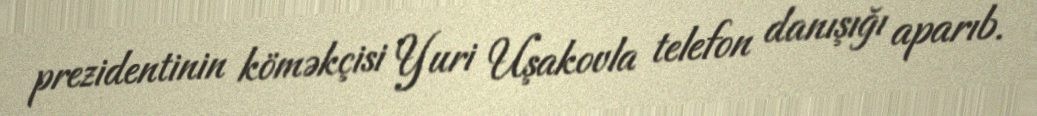
prezidentinin köməkçisi Yuri Uşakovla telefon danışığı aparıb.